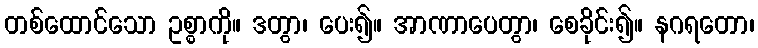
တစ်ထောင်သော ဥစ္စာကို။ ဒတွာ၊ ပေး၍။ အာဏာပေတွာ၊ စေခိုင်း၍။ နဂရတော၊